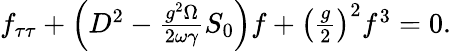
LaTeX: \begin{array}{r}{f_{\tau\tau}+\left(D^{2}-\frac{g^{2}\Omega}{2\omega\gamma}S_{0}\right)f+\left(\frac{g}{2}\right)^{2}f^{3}=0.}\end{array}